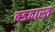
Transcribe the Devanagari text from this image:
बडदास्त